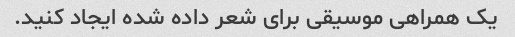
یک همراهی موسیقی برای شعر داده شده ایجاد کنید.